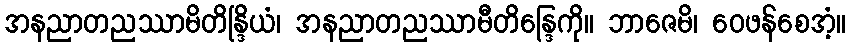
အနညာတညဿာမိတိန္ဒြိယံ၊ အနညာတညဿာမီတိန္ဒြေကို။ ဘာဇေမိ၊ ဝေဖန်စေအံ့။